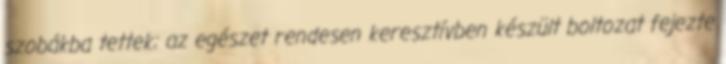
szobákba tettek; az egészet rendesen keresztívben készült boltozat fejezte